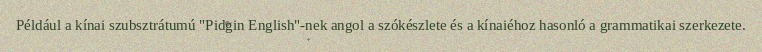
Például a kínai szubsztrátumú "Pidgin English"-nek angol a szókészlete és a kínaiéhoz hasonló a grammatikai szerkezete.